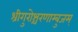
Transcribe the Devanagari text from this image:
श्रीगुरोश्चरणाम्बुजम्